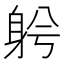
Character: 𨈲